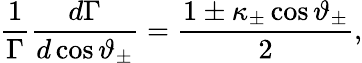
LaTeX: \frac{1}{\Gamma}\frac{d\Gamma}{d\cos\vartheta_{\pm}}=\frac{1\pm\kappa_{\pm}\cos\vartheta_{\pm}}{2},